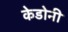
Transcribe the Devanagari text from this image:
केडोनी